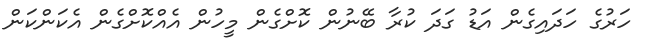
ހަރުގެ ހަދައިގެން އަޑު ގަދަ ކުރާ ބޭނުން ކޮށްގެން މީހުން އެއްކޮށްގެން އެކަންކަން